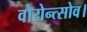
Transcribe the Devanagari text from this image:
वोरोन्त्सोव।